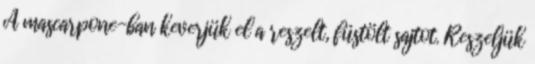
A mascarpone-ban keverjük el a reszelt, füstölt sajtot. Reszeljük